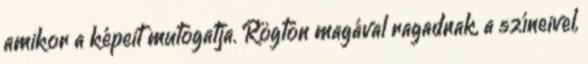
amikor a képeit mutogatja. Rögtön magával ragadnak, a színeivel,